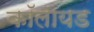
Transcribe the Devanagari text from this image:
कॉलायड